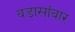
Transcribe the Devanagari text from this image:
वडासांबार